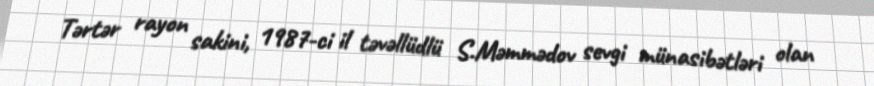
Tərtər rayon sakini, 1987-ci il təvəllüdlü S.Məmmədov sevgi münasibətləri olan